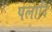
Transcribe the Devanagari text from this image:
पलादि